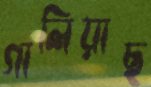
গালিয়াছ